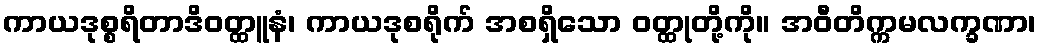
ကာယဒုစ္စရိတာဒိဝတ္ထူနံ၊ ကာယဒုစရိုက် အစရှိသော ဝတ္ထုတို့ကို။ အဝီတိက္ကမလက္ခဏာ၊